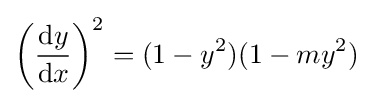
\left({\frac {\mathrm {d} y}{\mathrm {d} x}}\right)^{2}=(1-y^{2})(1-my^{2})